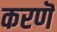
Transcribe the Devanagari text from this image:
करणॆ